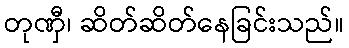
တုဏှီ၊ ဆိတ်ဆိတ်နေခြင်းသည်။